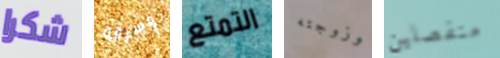
شكرا وسرقة التمتع وزوجته منفصلين